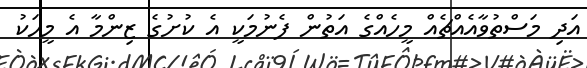
އަދި މަސްތުވާއެއްޗެއް މީހެއްގެ އަތުން ފެނުމަކީ އެ ކުށުގެ ޒިންމާ އެ މީހަކު